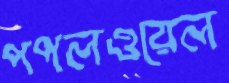
পপলওয়েল